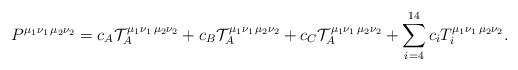
\begin{align*}P^{\mu_1\nu_1\,\mu_2\nu_2}=c_A {\cal T}_A^{\mu_1\nu_1\,\mu_2\nu_2}+c_B {\cal T}_A^{\mu_1\nu_1\,\mu_2\nu_2}+c_C {\cal T}_A^{\mu_1\nu_1\,\mu_2\nu_2}+\sum_{i=4}^{14} c_i T_i^{\mu_1\nu_1\,\mu_2\nu_2}.\end{align*}